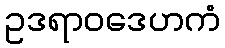
ဥဒရာဝဒေဟကံ